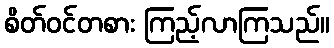
စိတ်ဝင်တစား ကြည့်လာကြသည်။